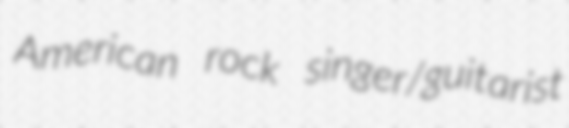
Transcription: American rock singer/guitarist